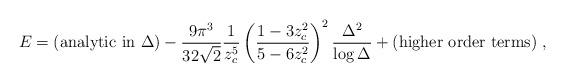
LaTeX: \begin{align*}E = ({\rm analytic\ in\ } \Delta) - {9 \pi^3 \over 32 \sqrt 2} {1 \over z_c^5} \left( {1 - 3 z_c^2 \over 5 - 6 z_c^2} \right)^2 {\Delta^2 \over \log \Delta} + ({\rm higher\ order\ terms}) \ , \end{align*}